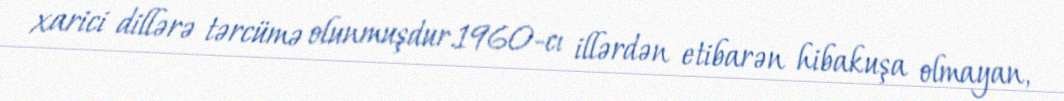
xarici dillərə tərcümə olunmuşdur.1960-cı illərdən etibarən hibakuşa olmayan,